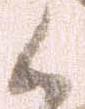
候